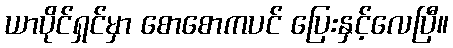
ယာပိုင်ရှင်မှာ စောစောကပင် ပြေးနှင့်လေပြီ။